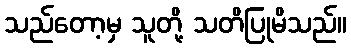
သည်တော့မှ သူတို့ သတိပြုမိသည်။